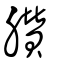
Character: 臢